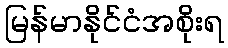
မြန်မာနိုင်ငံအစိုးရ